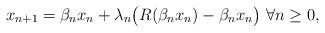
LaTeX: \begin{align*}x_{n+1}=\beta_nx_n+\lambda_n\big(R(\beta_nx_n)-\beta_nx_n\big) \ \forall n\geq 0,\end{align*}